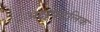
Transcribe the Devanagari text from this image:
अक्षपटलिक